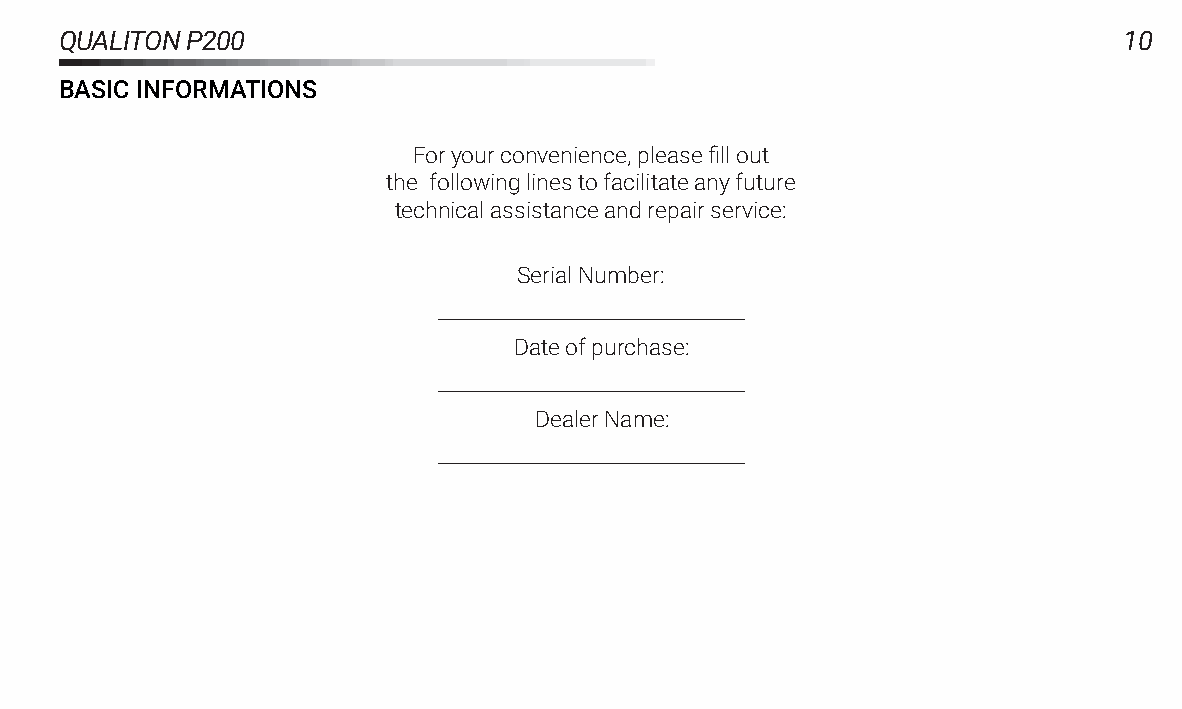
QUALITONP200                                                          10
 BASICINFORMATIONS
 Foryourconvenience,pleasefillout
 the followinglinestofacilitateanyfuture
 technicalassistanceandrepairservice:
 SerialNumber:
 _______________________________
 Dateofpurchase:
 _______________________________
 DealerName:
 _______________________________